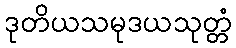
ဒုတိယသမုဒယသုတ္တံ